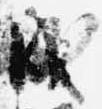
成